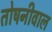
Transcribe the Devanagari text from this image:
तोषनीवाल